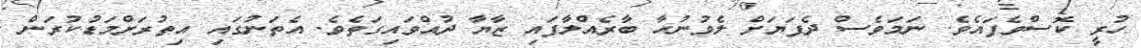
ހުރީ ކޮސްވެފައެވެ. ނަމަވެސް ދެފަޔަށް ލެވުނުހާ ބާރެއްލާފައި ޒާޔާ ދުއްވައިގަތެވެ. އެތަނުގައި އިތުރަށްމަޑުކުރަން